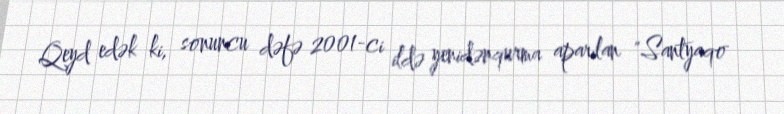
Qeyd edək ki, sonuncu dəfə 2001-ci ildə yenidənqurma aparılan "Santyaqo